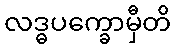
လဒ္ဓပက္ခောမှီတိ